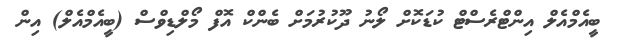
ބީއެމްއެލް އިންޓްރެސްޓް ކުޑަކޮށް ލޯނު ދޫކުރުމަށް ބެންކް އޮފް މޯލްޑިވްސް (ބީއެމްއެލް) އިން